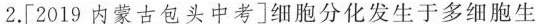
2.[2019内蒙古包头中考]细胞分化发生于多细胞生